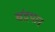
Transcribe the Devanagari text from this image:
चंद्रपान